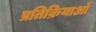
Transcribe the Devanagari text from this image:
प्रतिक्रियाआें